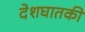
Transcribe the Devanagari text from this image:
देशघातकी